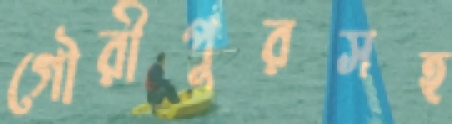
গৌরীপুরসহ